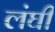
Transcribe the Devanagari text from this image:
लंघी